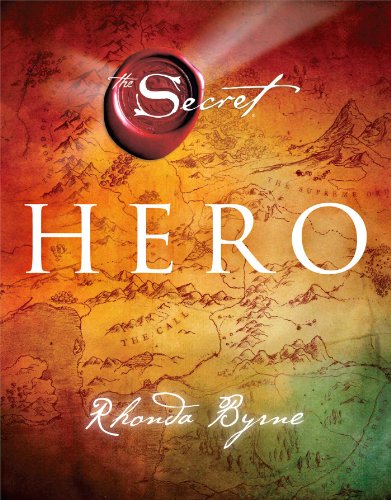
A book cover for Hero (The Secret); Rhonda Byrne; Religion & Spirituality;